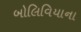
બોલિવિયાના